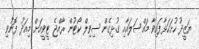
ޔަޒީދު ހުށަހަޅާފައިވާ މައްސަލައާއި ގުޅިގެން ސިވިލް ކޯޓުން ރާއްޖެ ޓީވީއަށް މިއަދު ފޮނުވި